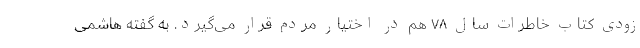
زودی کتاب خاطرات سال ۷۸ هم در اختیار مردم قرار می‌گیرد. به گفته هاشمی